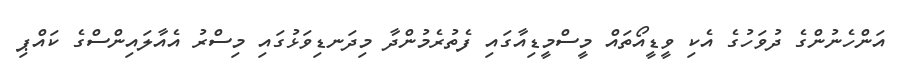
އަންހެނުންގެ ދުވަހުގެ އެކި ވީޑީއޯތައް މީސްމީޑިއާގައި ފެތުރެމުންދާ މިދަނޑިވަޅުގައި މިސްރު އެއާލައިންސްގެ ކައްޕި